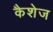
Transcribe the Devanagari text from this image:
कैशेज